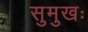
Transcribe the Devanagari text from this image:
सुमुखः